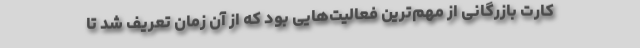
کارت بازرگانی از مهم‌ترین فعالیت‌هایی بود که از آن زمان تعریف شد تا